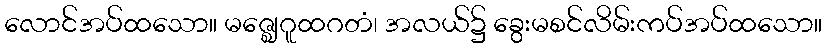
လောင်အပ်ထသော။ မဇ္ဈေဂူထဂတံ၊ အလယ်၌ ခွေးမစင်လိမ်းကပ်အပ်ထသော။